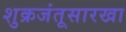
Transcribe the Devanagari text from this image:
शुक्रजंतूसारखा